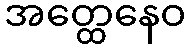
အတ္ထေနေဝ